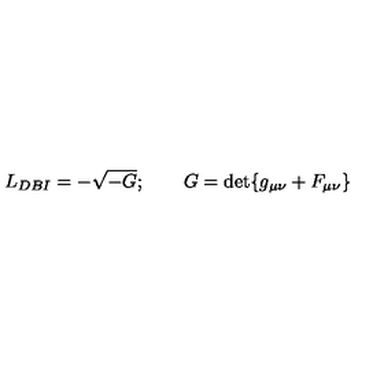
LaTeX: L _ { D B I } = - \sqrt { - G } ; \qquad G = \det \{ g _ { \mu \nu } + F _ { \mu \nu } \}